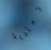
رمادية